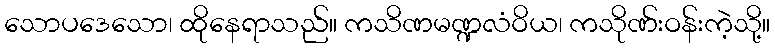
သောပဒေသော၊ ထိုနေရာသည်။ ကသိဏမဏ္ဍလံဝိယ၊ ကသိုဏ်းဝန်းကဲ့သို့။